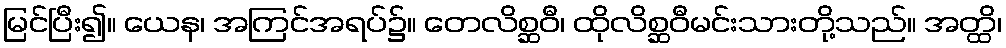
မြင်ပြီး၍။ ယေန၊ အကြင်အရပ်၌။ တေလိစ္ဆဝီ၊ ထိုလိစ္ဆဝီမင်းသားတို့သည်။ အတ္ထိ၊